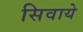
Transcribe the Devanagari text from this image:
सिवाये